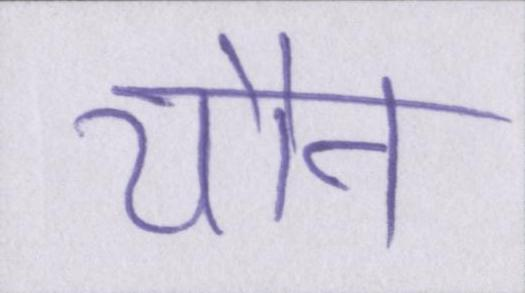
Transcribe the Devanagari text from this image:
यौन